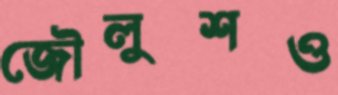
জৌলুশও